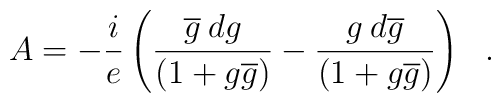
A =-\frac{i}{e}\left( \frac{\overline{g}\:dg}{(1+g\overline{g})} - \frac{g\:d\overline{g}}{(1+g\overline{g})}\right)~~.